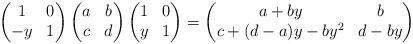
LaTeX: \begin{align*}\begin{pmatrix}1&0\\ -y& 1\end{pmatrix} \begin{pmatrix} a&b\\ c& d\end{pmatrix}\begin{pmatrix} 1&0\\ y& 1\end{pmatrix}=\begin{pmatrix} a+by & b \\ c+(d-a)y-by^2 & d-by\end{pmatrix}\end{align*}